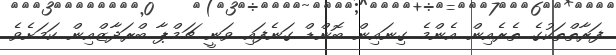
ފަރާތްތަކުގެ ތެރެއިން އެންމެ ގިނައިން ބޮންޑް ގަނެފައި ވަނީ ޗަމްޕާ ބްރަދާޒްއިން ކަމަށެވެ.